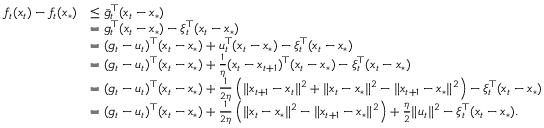
\begin{array} { r l } { f _ { t } ( x _ { t } ) - f _ { t } ( x _ { * } ) } & { \le \bar { g } _ { t } ^ { \top } ( x _ { t } - x _ { * } ) } \\ & { = g _ { t } ^ { \top } ( x _ { t } - x _ { * } ) - \xi _ { t } ^ { \top } ( x _ { t } - x _ { * } ) } \\ & { = ( g _ { t } - u _ { t } ) ^ { \top } ( x _ { t } - x _ { * } ) + u _ { t } ^ { \top } ( x _ { t } - x _ { * } ) - \xi _ { t } ^ { \top } ( x _ { t } - x _ { * } ) } \\ & { = ( g _ { t } - u _ { t } ) ^ { \top } ( x _ { t } - x _ { * } ) + \frac { 1 } { \eta } ( x _ { t } - x _ { t + 1 } ) ^ { \top } ( x _ { t } - x _ { * } ) - \xi _ { t } ^ { \top } ( x _ { t } - x _ { * } ) } \\ & { = ( g _ { t } - u _ { t } ) ^ { \top } ( x _ { t } - x _ { * } ) + \frac { 1 } { 2 \eta } \left( \lVert x _ { t + 1 } - x _ { t } \rVert ^ { 2 } + \lVert x _ { t } - x _ { * } \rVert ^ { 2 } - \lVert x _ { t + 1 } - x _ { * } \rVert ^ { 2 } \right) - \xi _ { t } ^ { \top } ( x _ { t } - x _ { * } ) } \\ & { = ( g _ { t } - u _ { t } ) ^ { \top } ( x _ { t } - x _ { * } ) + \frac { 1 } { 2 \eta } \left( \lVert x _ { t } - x _ { * } \rVert ^ { 2 } - \lVert x _ { t + 1 } - x _ { * } \rVert ^ { 2 } \right) + \frac { \eta } { 2 } \lVert u _ { t } \rVert ^ { 2 } - \xi _ { t } ^ { \top } ( x _ { t } - x _ { * } ) . } \end{array}